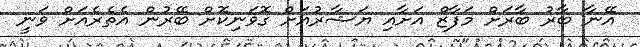
އޭނާ ބާރު ބާރަށް މަފާޒް އަށާއި ޔަޝާރުއަށް ގޮވަނިކޮށް ބޭރުން އެތެރެއަށް ވަނީ